Reports on military cantonments and civil stations in the Presidency of Bombay inspected by the Sanitary Commissioner in the years 1875 and 1876
Year: 1875
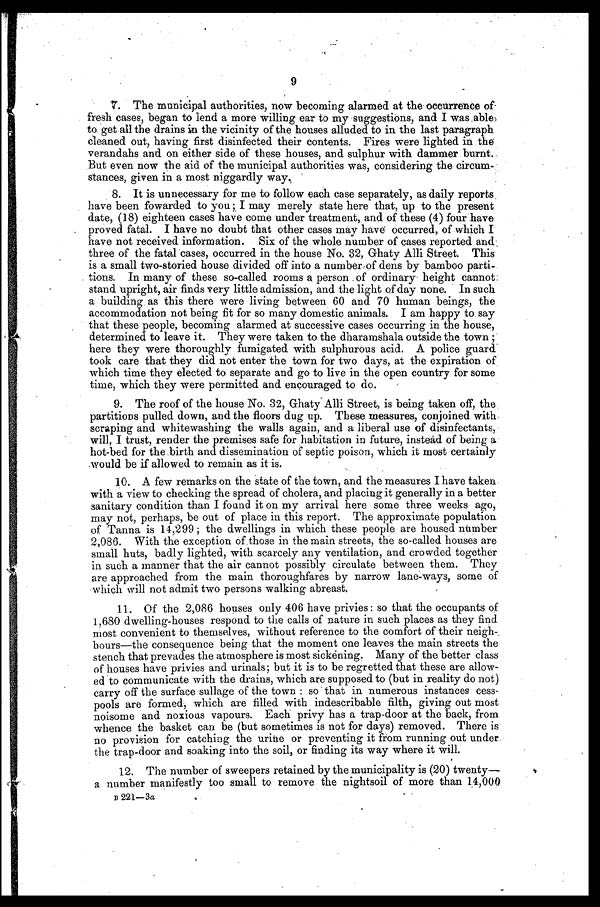
9
7. The municipal authorities, now becoming alarmed at the occurrence
fresh cases, began to lend a more willing ear to my suggestions, and I was able
to get all the drains in the vicinity of the houses alluded to in the last paragraph
cleaned out, having first disinfected their contents. Fires were lighted in the
verandahs and on either side of these houses, and sulphur with dammer burnt.
But even now the aid of the municipal authorities was, considering the circum
-stances, given in a most niggardly way
.
8 . I t i s u n n e c e s s a r y f o r m e t o f o l l o w e a c h c a s e s e p a r a t e l y , a s d a i l y r e p o r t s ,
h a v e b e e n f o w a r d e d t o y o u ; I m a y m e r e l y s t a t e h e r e t h a t , u p t o t h e p r e s e n t
date, (18) eighteen cases have come under treatment, and of these (4) four have
proved fatal. I have no doubt that other cases may have occurred, of which I
have not received information. Six of the whole number of cases reported and
three of the fatal cases, occurred in the house No. 32, Ghaty Alli Street. This
is a small two-storied house divided off into a numbe of dens by bamboo parti
-tions. In many of these so-called rooms a person of ordinary height cannot
stand upright, air finds very little admission, and the light of day none. In such
a building as this there were living between 60 and 70 human beings, the
accommodation not being fit for so many domestic animals. I am happy to say
that these people, becoming alarmed at successive cases occurring in the house,
determined to leave it. They were taken to the dharamshala outside the town;
here they were thoroughly fumigated with sulphurous acid. A police guard
took care that they did not enter the town for two days, at the expiration of
which time they elected to separate and go to live in the open country for some
time, which they were permitted and encouraged to do.
9. The roof of the house No. 32, Ghaty Alli Street, is being taken off, the
partitions pulled down, and the floors dug up. These measures, conjoined with.
scraping and whitewashing the walls again, and a liberal use of disinfectants,
will, I trust, render the premises safe for habitation in future, instead of being a
hot-bed for the birth and dissemination of septic poison, which it most certainly
would be if allowed to remain as it is.
10. A few remarks on the state of the town, and the measures I have taken
with a view to checking the spread of cholera, and placing it generally in a better
sanitary condition than I found it on my arrival here some three weeks ago,
may not, perhaps, be out of place in this report. The approximate population
of Tanna is 14,299; the dwellings in which these people are housed number
2,086. With the exception of those in the main streets, the so-called houses are
small huts, badly lighted, with scarcely any ventilation, and crowded together
in such a manner that the air cannot possibly circulate between them. They
are approached from the main thoroughfares by narrow lane-ways, some of
which will not admit two persons walking abreast.
11. Of the 2,086 houses only 406 have privies: so that the occupants of
1,680 dwelling-houses respond to the calls of nature in such places as they find
most convenient to themselves, without reference to the comfort of their neigh
bours—the consequence being that the moment one leaves the main streets the
stench that prevades the atmosphere is most sickening. Many of the better class
of houses have privies and urinals; but it is to be regretted that these are allow
-ed to communicate with the drains, which are supposed to (but in reality do not)
carry off the surface sullage of the town: so that in numerous instances cess
-pools are formed; which are filled with indescribable filth, giving out most
noisome and noxious vapours. Each privy has a trap-door at the back, from
whence the basket can be (but sometimes is not for days) removed. There is
no provision for catching the urine or preventing it from running out under
the trap-door and soaking into the soil, or finding its way where it will.
12. The number of sweepers retained by the municipality is (20) twenty
—a number manifestly too small to remove the nightsoil of more than 1,4,000
B
2 2 1 —
3 a